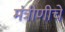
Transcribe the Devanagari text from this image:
मंत्रीणीचे